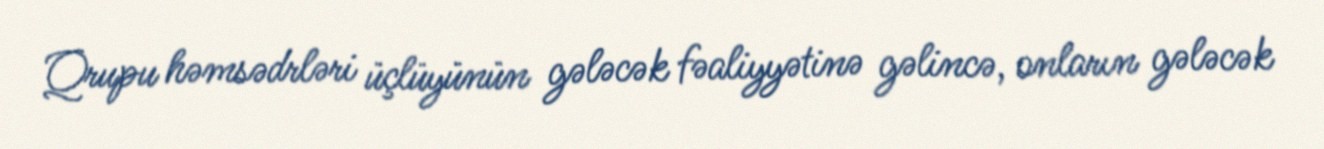
Qrupu həmsədrləri üçlüyünün gələcək fəaliyyətinə gəlincə, onların gələcək